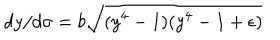
LaTeX: d y / d \sigma = b \sqrt { ( y ^ { 4 } - 1 ) ( y ^ { 4 } - 1 + \epsilon ) }